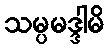
သမ္ပမဒ္ဒါမိ